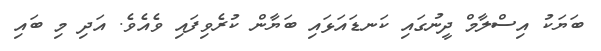
ބަޔަކު އިސްލާމް ދީނުގައި ކަނޑައަޅައި ބަޔާން ކުރެވިފައި ވެއެވެ. އަދި މި ބައި